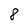
Character: 8